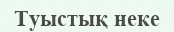
Туыстық неке